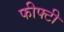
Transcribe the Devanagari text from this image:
फीफ्टी